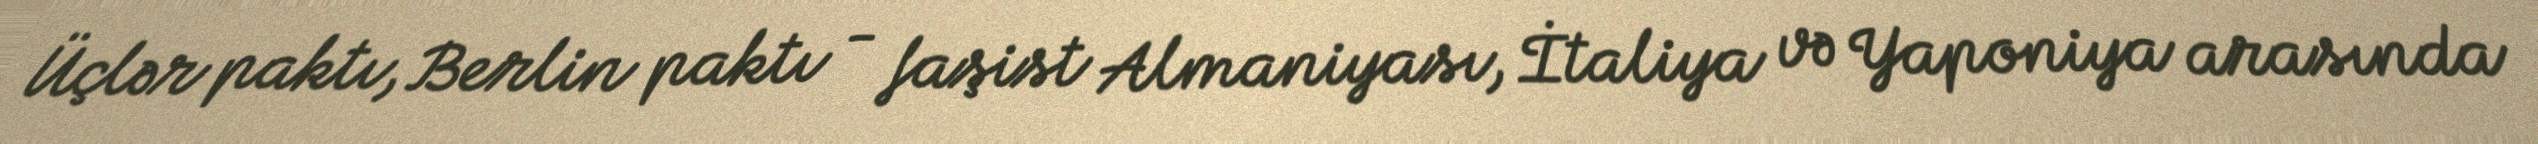
Üçlər paktı, Berlin paktı - faşist Almaniyası, İtaliya və Yaponiya arasında